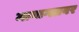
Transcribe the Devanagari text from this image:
मानाग्लावर